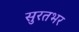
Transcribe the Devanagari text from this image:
सुरतभर